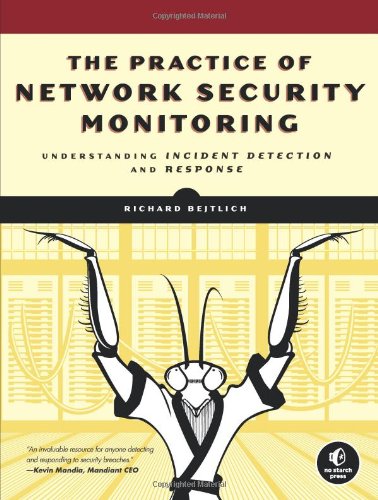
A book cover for The Practice of Network Security Monitoring: Understanding Incident Detection and Response; Richard Bejtlich; Engineering & Transportation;